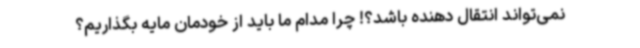
نمی‌تواند انتقال دهنده باشد؟! چرا مدام ما باید از خودمان مایه بگذاریم؟